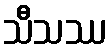
သီသဿ